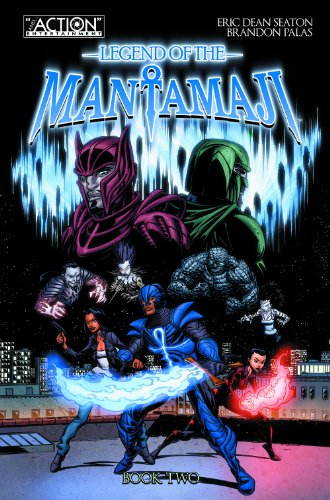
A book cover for Legend of the Mantamaji: Book 2 (Legend of Mantamaji); Eric Dean Seaton; Comics & Graphic Novels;